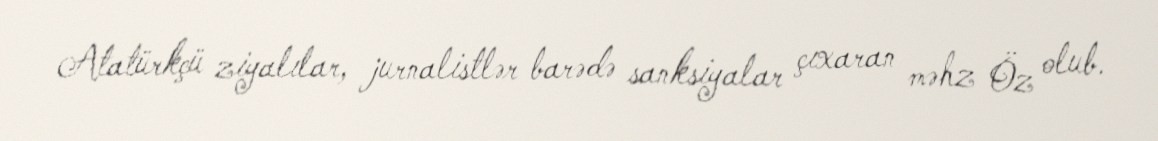
Atatürkçü ziyalılar, jurnalistlər barədə sanksiyalar çıxaran məhz Öz olub.